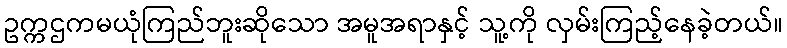
ဥက္ကဌကမယုံကြည်ဘူးဆိုသော အမူအရာနှင့် သူ့ကို လှမ်းကြည့်နေခဲ့တယ်။